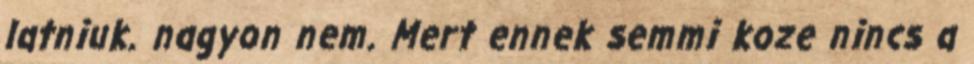
latniuk. nagyon nem. Mert ennek semmi koze nincs a